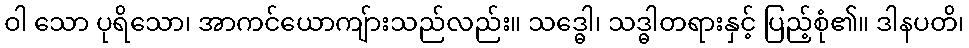
ဝါ သော ပုရိသော၊ အာကင်ယောကျ်ားသည်လည်း။ သဒ္ဓေါ၊ သဒ္ဓါတရားနှင့် ပြည့်စုံ၏။ ဒါနပတိ၊